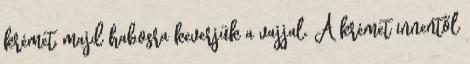
krémet, majd habosra keverjük a vajjal. A krémet innentől